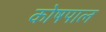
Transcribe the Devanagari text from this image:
कोषपाल